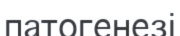
патогенезі